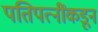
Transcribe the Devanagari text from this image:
पतिपत्नींकडून